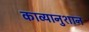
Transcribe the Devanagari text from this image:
काव्यानुशान